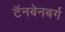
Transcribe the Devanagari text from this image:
टॅनबेनबर्ग